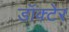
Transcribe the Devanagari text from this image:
डॉक्टेर